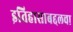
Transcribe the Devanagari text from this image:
इतिहासाबद्दलचा